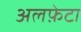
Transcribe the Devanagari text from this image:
अलफ़ेटा